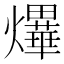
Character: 𤒹